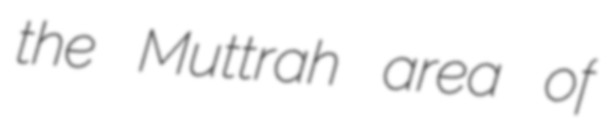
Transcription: the Muttrah area of